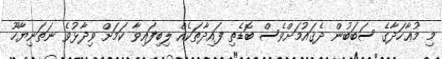
މި މުޢާހަދާގެ ސަބަބުން ދެޤައުމަށްވެސް ބޮޑެތި ފައިދާތަކެއްް ލިބިފައިވާ ކަމަށް ވިދާޅުވެ ނަތަނިޔާހޫ